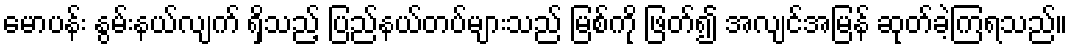
မောပန်း နွမ်းနယ်လျက် ရှိသည့် ပြည်နယ်တပ်များသည် မြစ်ကို ဖြတ်၍ အလျင်အမြန် ဆုတ်ခဲ့ကြရသည်။